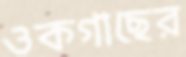
ওকগাছের